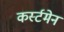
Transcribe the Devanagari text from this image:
कर्स्टमेन